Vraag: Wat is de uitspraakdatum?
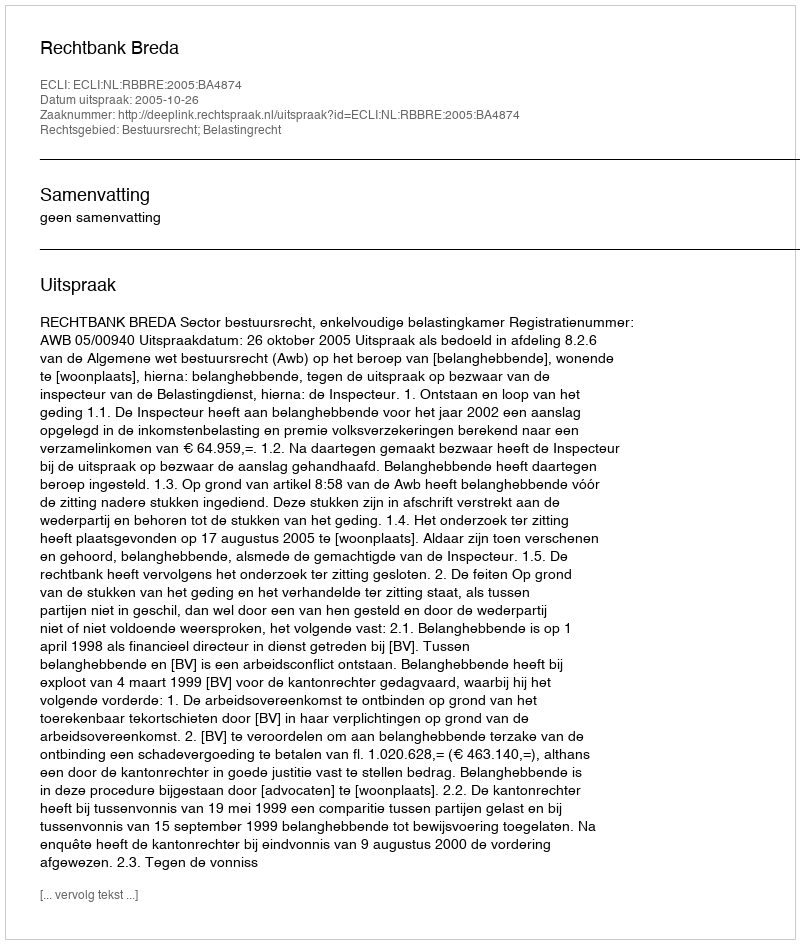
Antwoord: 2005-10-26